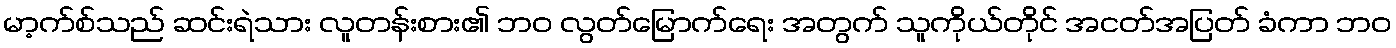
မာ့က်စ်သည် ဆင်းရဲသား လူတန်းစား၏ ဘဝ လွတ်မြောက်ရေး အတွက် သူကိုယ်တိုင် အငတ်အပြတ် ခံကာ ဘဝ